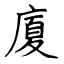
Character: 廈